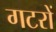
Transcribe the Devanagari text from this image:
गटरों